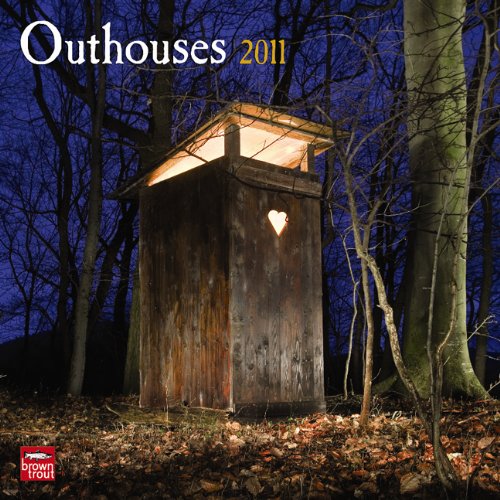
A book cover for Outhouses 2011 Square 12X12 Wall Calendar; BrownTrout Publishers Inc; Calendars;